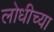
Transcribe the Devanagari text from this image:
लोधीच्या